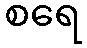
စရေ